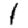
Digit: 1